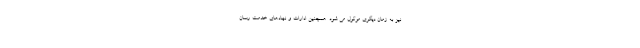
نیز به زمان دیگری موکول می شود. همچنین ادارات و نهادهای خدمت رسان